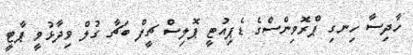
ހާދިސާ ހިނގި ޕްރޮވިންސްގެ ޑެޕިއުޓީ ޕޮލިސް ޗީފް ބަޗާ ގުލް ވިދާޅުވީ ޕާޓީ